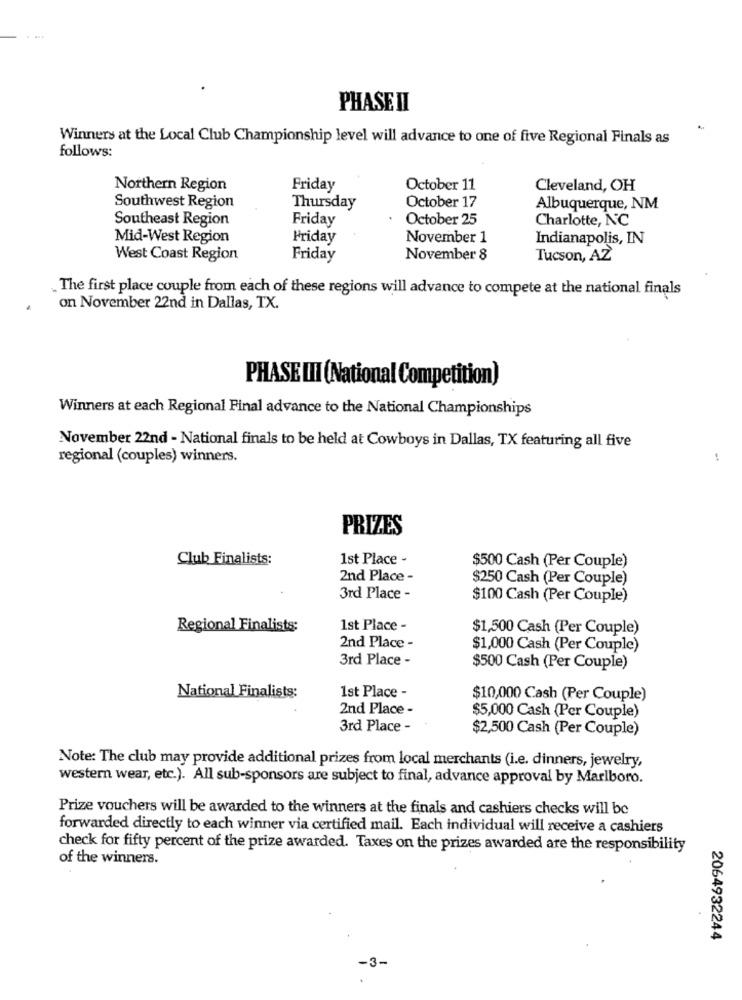
PHASE II
.
Winners at the Local Club Championship level will advance to one of five Regional Finals as
follows:
Northern Region
Friday
October 11
Cleveland, OH
Southwest Region
Thursday
October 17
Albuquerque, NM
Southeast Region
Friday
October 25
Charlotte, NC
Mid-West Region
Friday
November 1
Indianapolis, IN
West Coast Region
Friday
November 8
Tucson, AZ
„The first place couple from each of these regions will advance to compete at the national finals
on November 22nd in Dallas, TX.
PHASE III (National Competition)
Winners at each Regional Final advance to the National Championships
November 22nd - National finals to be held at Cowboys in Dallas, TX featuring all five
regional (couples) winners.
PRIZES
Club Finalists:
1st Place -
$500 Cash (Per Couple)
2nd Place -
$250 Cash (Per Couple)
3rd Place -
$100 Cash (Per Couple)
Regional Finalists:
1st Place -
$1,500 Cash (Per Couple)
2nd Place -
$1,000 Cash (Per Couple)
3rd Place -
$500 Cash (Per Couple)
1st Place -
National Finalists:
$10,000 Cash (Per Couple)
2nd Place -
$5,000 Cash (Per Couple)
3rd Place -
$2,500 Cash (Per Couple)
Note: The club may provide additional prizes from local merchants (i.e. dinners, jewelry,
western wear, etc.). All sub-sponsors are subject to final, advance approval by Marlboro.
Prize vouchers will be awarded to the winners at the finals and cashiers checks will be
forwarded directly to each winner via certified mail. Each individual will receive a cashiers
check for fifty percent of the prize awarded. Taxes on the prizes awarded are the responsibility
of the winners.
2064932244
-3-